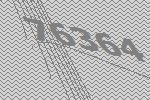
76364